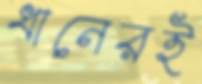
ধানেরই